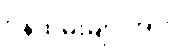
ဝန်ထမ်းများအား